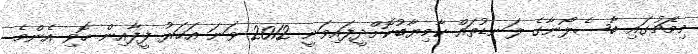
މިމެޗުގައި ބާސެލޯނާގެ ލަނޑުތައް ކާމިޔާބުކޮށްދީފައިވަނީ 2012 ވަނަ އަހަރު ފީފާއިން ހޮވި އެންމެ